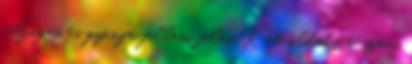
felfogás és gyenge jellem jelei. Két oldalt a szem